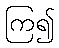
ကြ၍